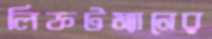
লিফটম্যানের